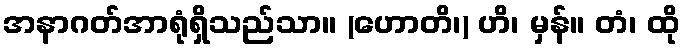
အနာဂတ်အာရုံရှိသည်သာ။ (ဟောတိ၊) ဟိ၊ မှန်။ တံ၊ ထို